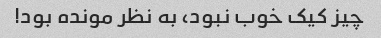
چیز کیک خوب نبود، به نظر مونده بود!